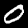
Label: 0